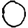
Digit: 0